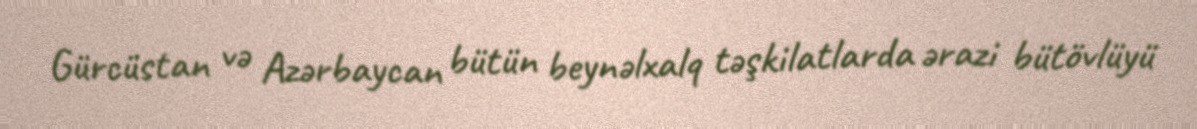
Gürcüstan və Azərbaycan bütün beynəlxalq təşkilatlarda ərazi bütövlüyü